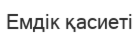
Емдік қасиеті